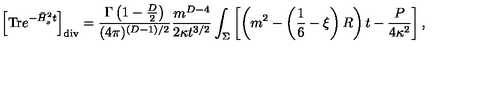
\left[ \mathrm { T r } e ^ { - \bar { H } _ { s } ^ { 2 } t } \right] _ { \mathrm { d i v } } = { \frac { \Gamma \left( 1 - \frac D 2 \right) } { ( 4 \pi ) ^ { ( D - 1 ) / 2 } } } { \frac { m ^ { D - 4 } } { 2 \kappa t ^ { 3 / 2 } } } \int _ { \Sigma } \left[ \left( m ^ { 2 } - \left( \frac 1 6 - \xi \right) R \right) t - { \frac { P } { 4 \kappa ^ { 2 } } } \right] ,